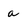
Character: a